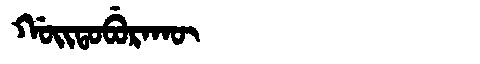
Manchu: ᡤᠣᡳᡨᠣᠪᡠᡵᠠᡴᡡ
Romanization: GOITOBURAKŪ